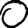
Digit: 0